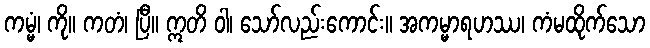
ကမ္မံ၊ ကို။ ကတံ၊ ပြီ။ ဣတိ ဝါ၊ သော်လည်းကောင်း။ အကမ္မာရဟဿ၊ ကံမထိုက်သော